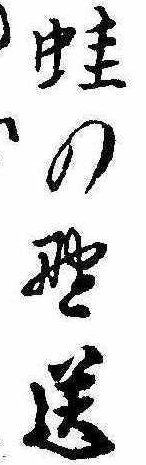
蛙の野送